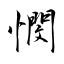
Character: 憫